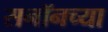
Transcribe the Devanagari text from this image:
सनॉनच्या